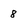
Character: 8